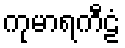
ကုမာရကီဠံ